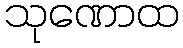
သုဏောထ